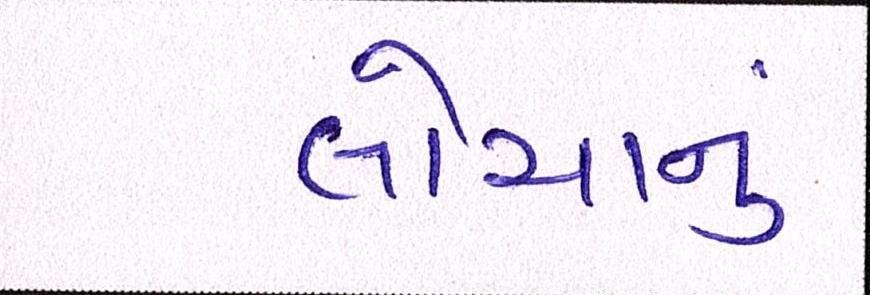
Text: લોચાનું